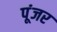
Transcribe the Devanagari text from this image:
पूंजर